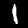
Label: 1